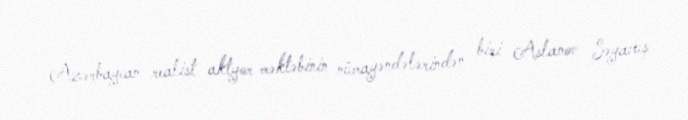
Azərbaycan realist aktyor məktəbinin nümayəndələrindən biri Aslanov Səyavuş